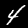
Digit: 4